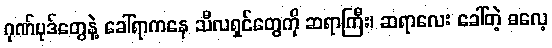
ဂုဏ်ပုဒ်တွေနဲ့ ခေါ်ရာကနေ သီလရှင်တွေကို ဆရာကြီး၊ ဆရာလေး ခေါ်တဲ့ ဓလေ့